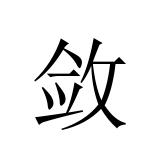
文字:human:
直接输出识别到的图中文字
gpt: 敛